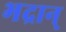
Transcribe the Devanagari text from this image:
भद्रान्